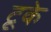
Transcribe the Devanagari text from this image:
टूके